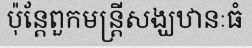
ប៉ុន្តែពួកមន្ត្រីសង្ឃឋានៈធំ